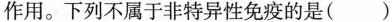
作用。下列不属于非特异性免疫的是(